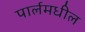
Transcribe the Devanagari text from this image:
पार्लमधील